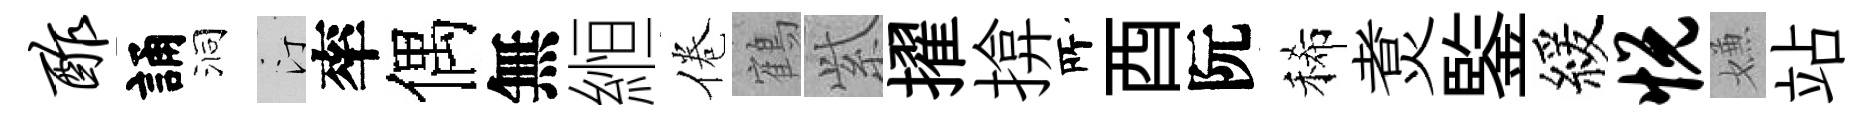
酢誦洞汀率偶無縆倦鶴𬗋擢揜𠩄酉阮稀煑鍳緩悦嫌站